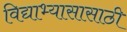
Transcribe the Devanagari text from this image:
विद्याभ्यासासाठी